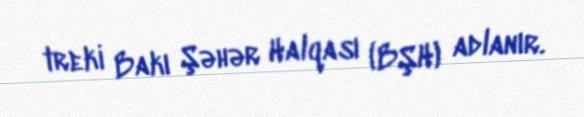
treki Bakı Şəhər Halqası (BŞH) adlanır.